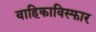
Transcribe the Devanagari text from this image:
वाहिकाविस्फार